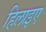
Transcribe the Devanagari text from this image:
हिलाइए